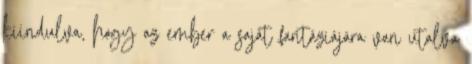
kiindulva, hogy az ember a saját fantáziájára van utalva